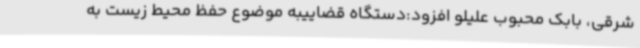
شرقی، بابک محبوب علیلو افزود:دستگاه قضاییبه موضوع حفظ محیط زیست به